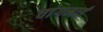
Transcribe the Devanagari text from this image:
चांगमाई